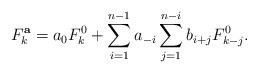
LaTeX: \begin{align*}F^{\bf a}_{k}= a_0F^0_{k}+\sum_{i=1}^{n-1}a_{-i}\sum^{n-i}_{j=1}b_{i+j}F^0_{k-j}. \end{align*}